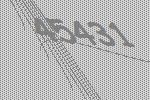
45431